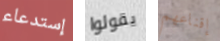
إستدعاء يقولوا إقناعهم